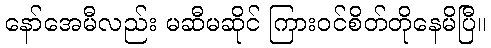
နော်အေမီလည်း မဆီမဆိုင် ကြားဝင်စိတ်တိုနေမိပြီ။